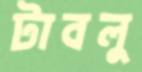
টাবলু